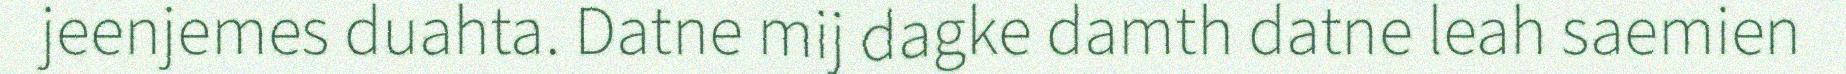
jeenjemes duahta. Datne mij dagke damth datne leah saemien